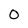
Character: 0